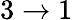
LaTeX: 3\to 1